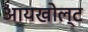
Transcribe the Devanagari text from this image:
आयखोल्ट